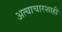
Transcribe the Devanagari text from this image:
अत्याचारशाही